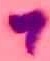
Text: 7